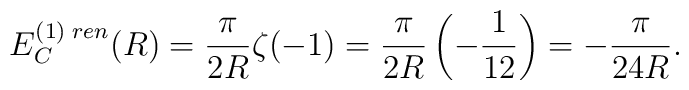
E_C^{(1)\;ren}(R)=\frac{\pi}{2R}\zeta(-1)=\frac{\pi}{2R}\left(-\frac{1}{12}\right)=-\frac{\pi}{24R}.